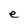
Character: e